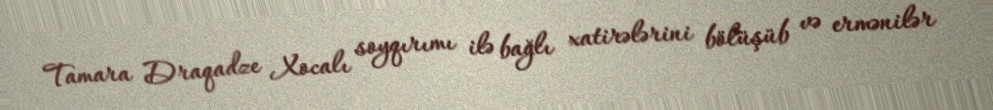
Tamara Draqadze Xocalı soyqırımı ilə bağlı xatirələrini bölüşüb və ermənilər